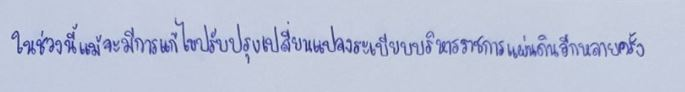
ในช่วงนี้แม้จะมีการแก้ไขปรับปรุงเปลี่ยนแปลงระเบียบบริหารราชการแผ่นดินอีกหลายครั้ง